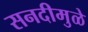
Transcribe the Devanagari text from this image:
सनदीमुळे